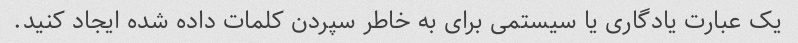
یک عبارت یادگاری یا سیستمی برای به خاطر سپردن کلمات داده شده ایجاد کنید.